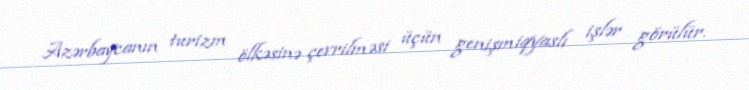
Azərbaycanın turizm ölkəsinə çevrilməsi üçün genişmiqyaslı işlər görülür.